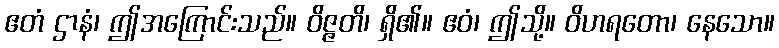
ဧတံ ဌာနံ၊ ဤအကြောင်းသည်။ ဝိဇ္ဇတိ၊ ရှိ၏။ ဧဝံ၊ ဤသို့။ ဝိဟရတော၊ နေသော။